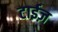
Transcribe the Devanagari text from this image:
टाईज़